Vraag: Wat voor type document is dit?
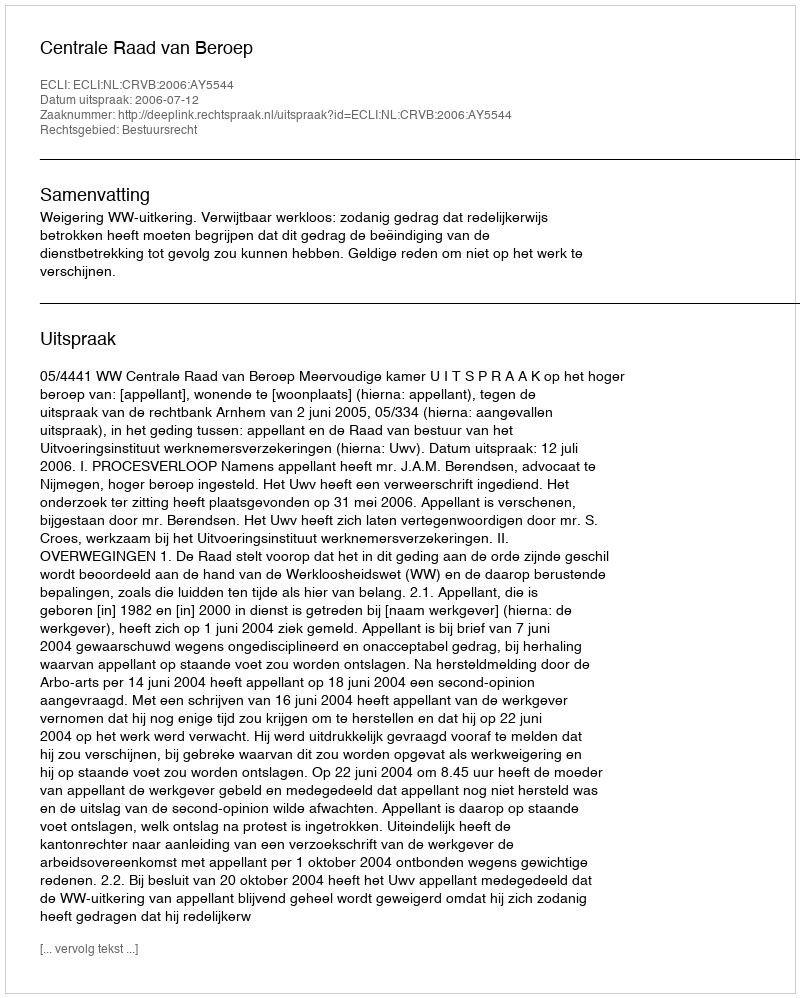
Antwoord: Uitspraak